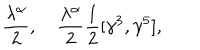
LaTeX: \frac { \lambda ^ { \alpha } } { 2 } , \quad \frac { \lambda ^ { \alpha } } { 2 } { \frac { 1 } { 2 } } [ \gamma ^ { 3 } , \gamma ^ { 5 } ] ,